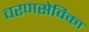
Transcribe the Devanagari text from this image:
चरणसेविका